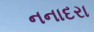
નનાદરા